65_HS1-834228961_62-HQ-83894_Section_9
Agency: FBI
Page 123
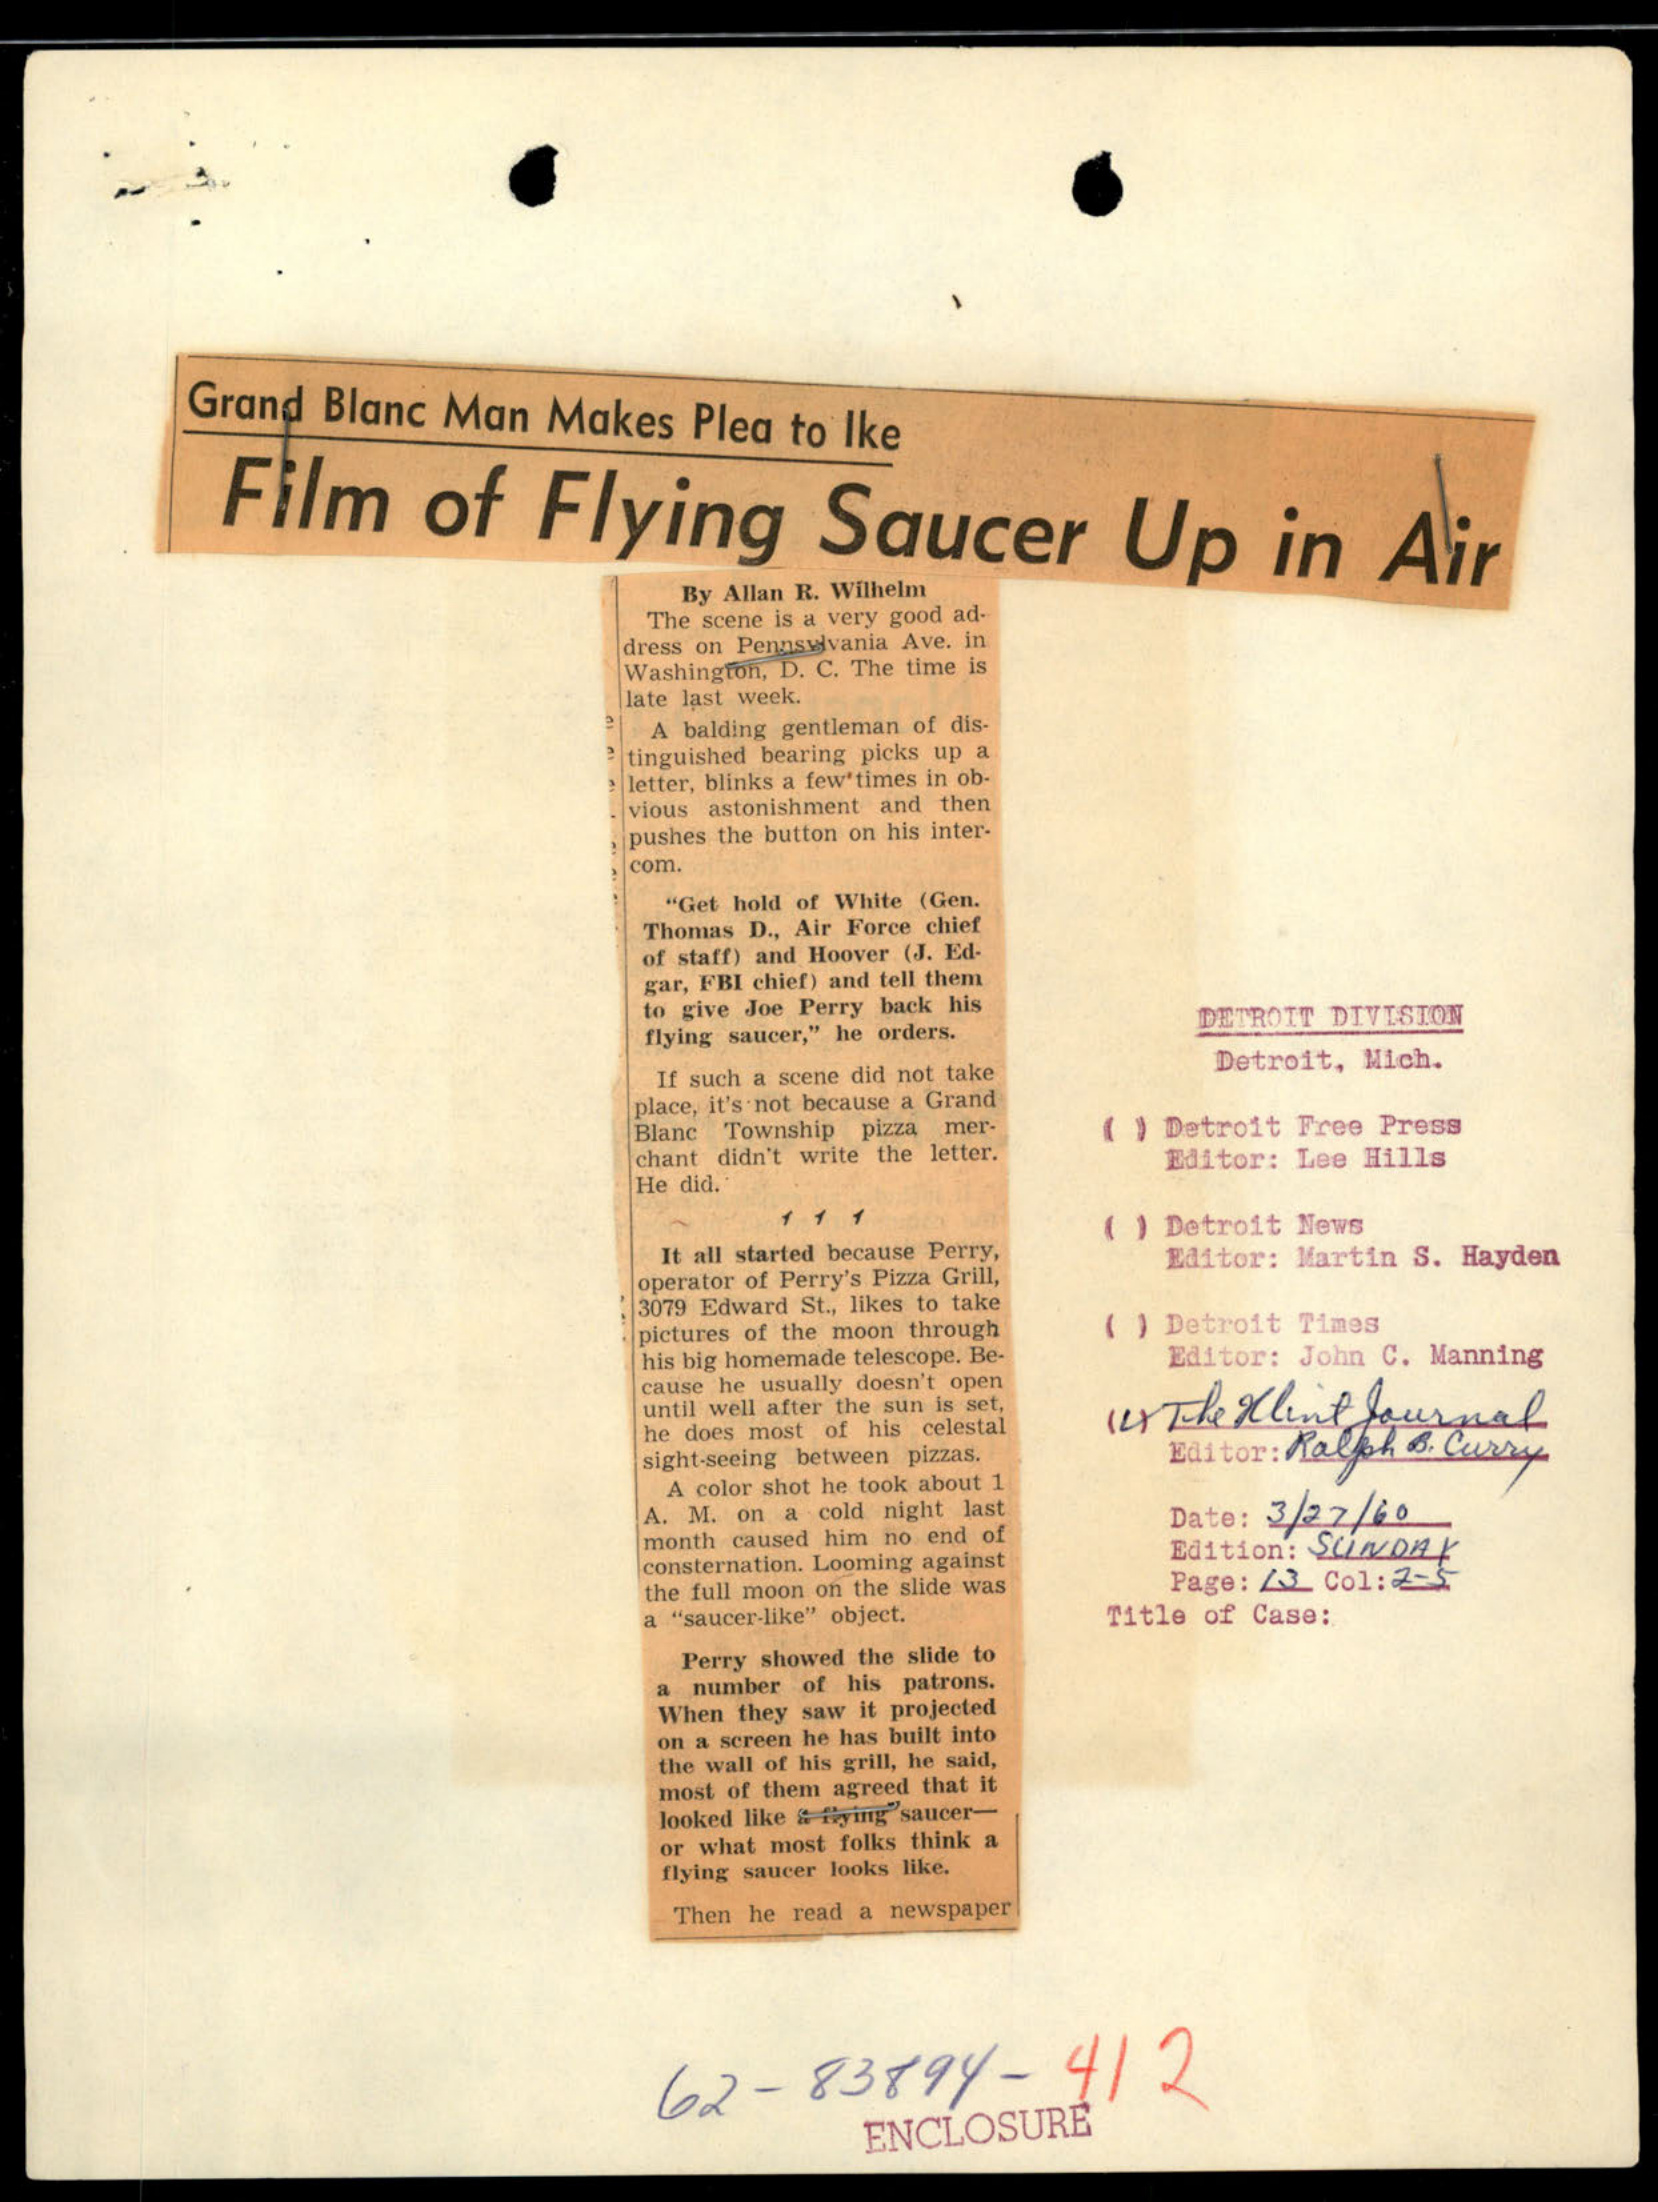